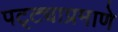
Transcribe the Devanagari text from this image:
पट्ट्याप्रमाणे